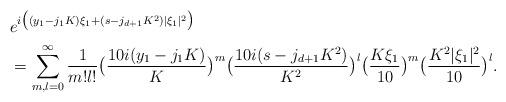
LaTeX: \begin{align*}& e^{ i \big( (y_1 - j_1K)\xi_1 + (s-j_{d+1} K^2) |\xi_1|^2 \big) }\\ & = \sum_{m,l=0}^\infty \frac{1}{m! l!} \big( \frac{10 i (y_1 - j_1 K)}{ K } \big)^m \big( \frac{10i (s - j_{d+1} K^2) }{K^2} \big)^l \big( \frac{ K \xi_1}{10} \big)^m \big( \frac{ K^2|\xi_1|^2 }{10 } \big)^l. \end{align*}